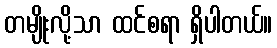
တမျိုးလို့သာ ထင်စရာ ရှိပါတယ်။